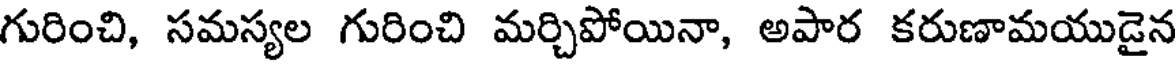
గురించి, సమస్యల గురించి మర్చిపోయినా, అపార కరుణామయుడైన